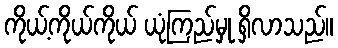
ကိုယ့်ကိုယ်ကိုယ် ယုံကြည်မှု ရှိလာသည်။